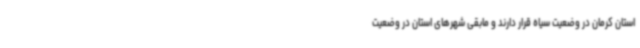
استان کرمان در وضعیت سیاه قرار دارند و مابقی شهرهای استان در وضعیت